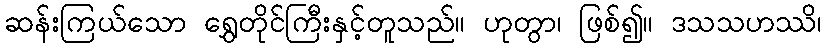
ဆန်းကြယ်သော ရွှေတိုင်ကြီးနှင့်တူသည်။ ဟုတွာ၊ ဖြစ်၍။ ဒသသဟဿိ၊